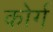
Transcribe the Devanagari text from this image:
कोर्ग